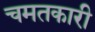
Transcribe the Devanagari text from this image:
चमतकारी